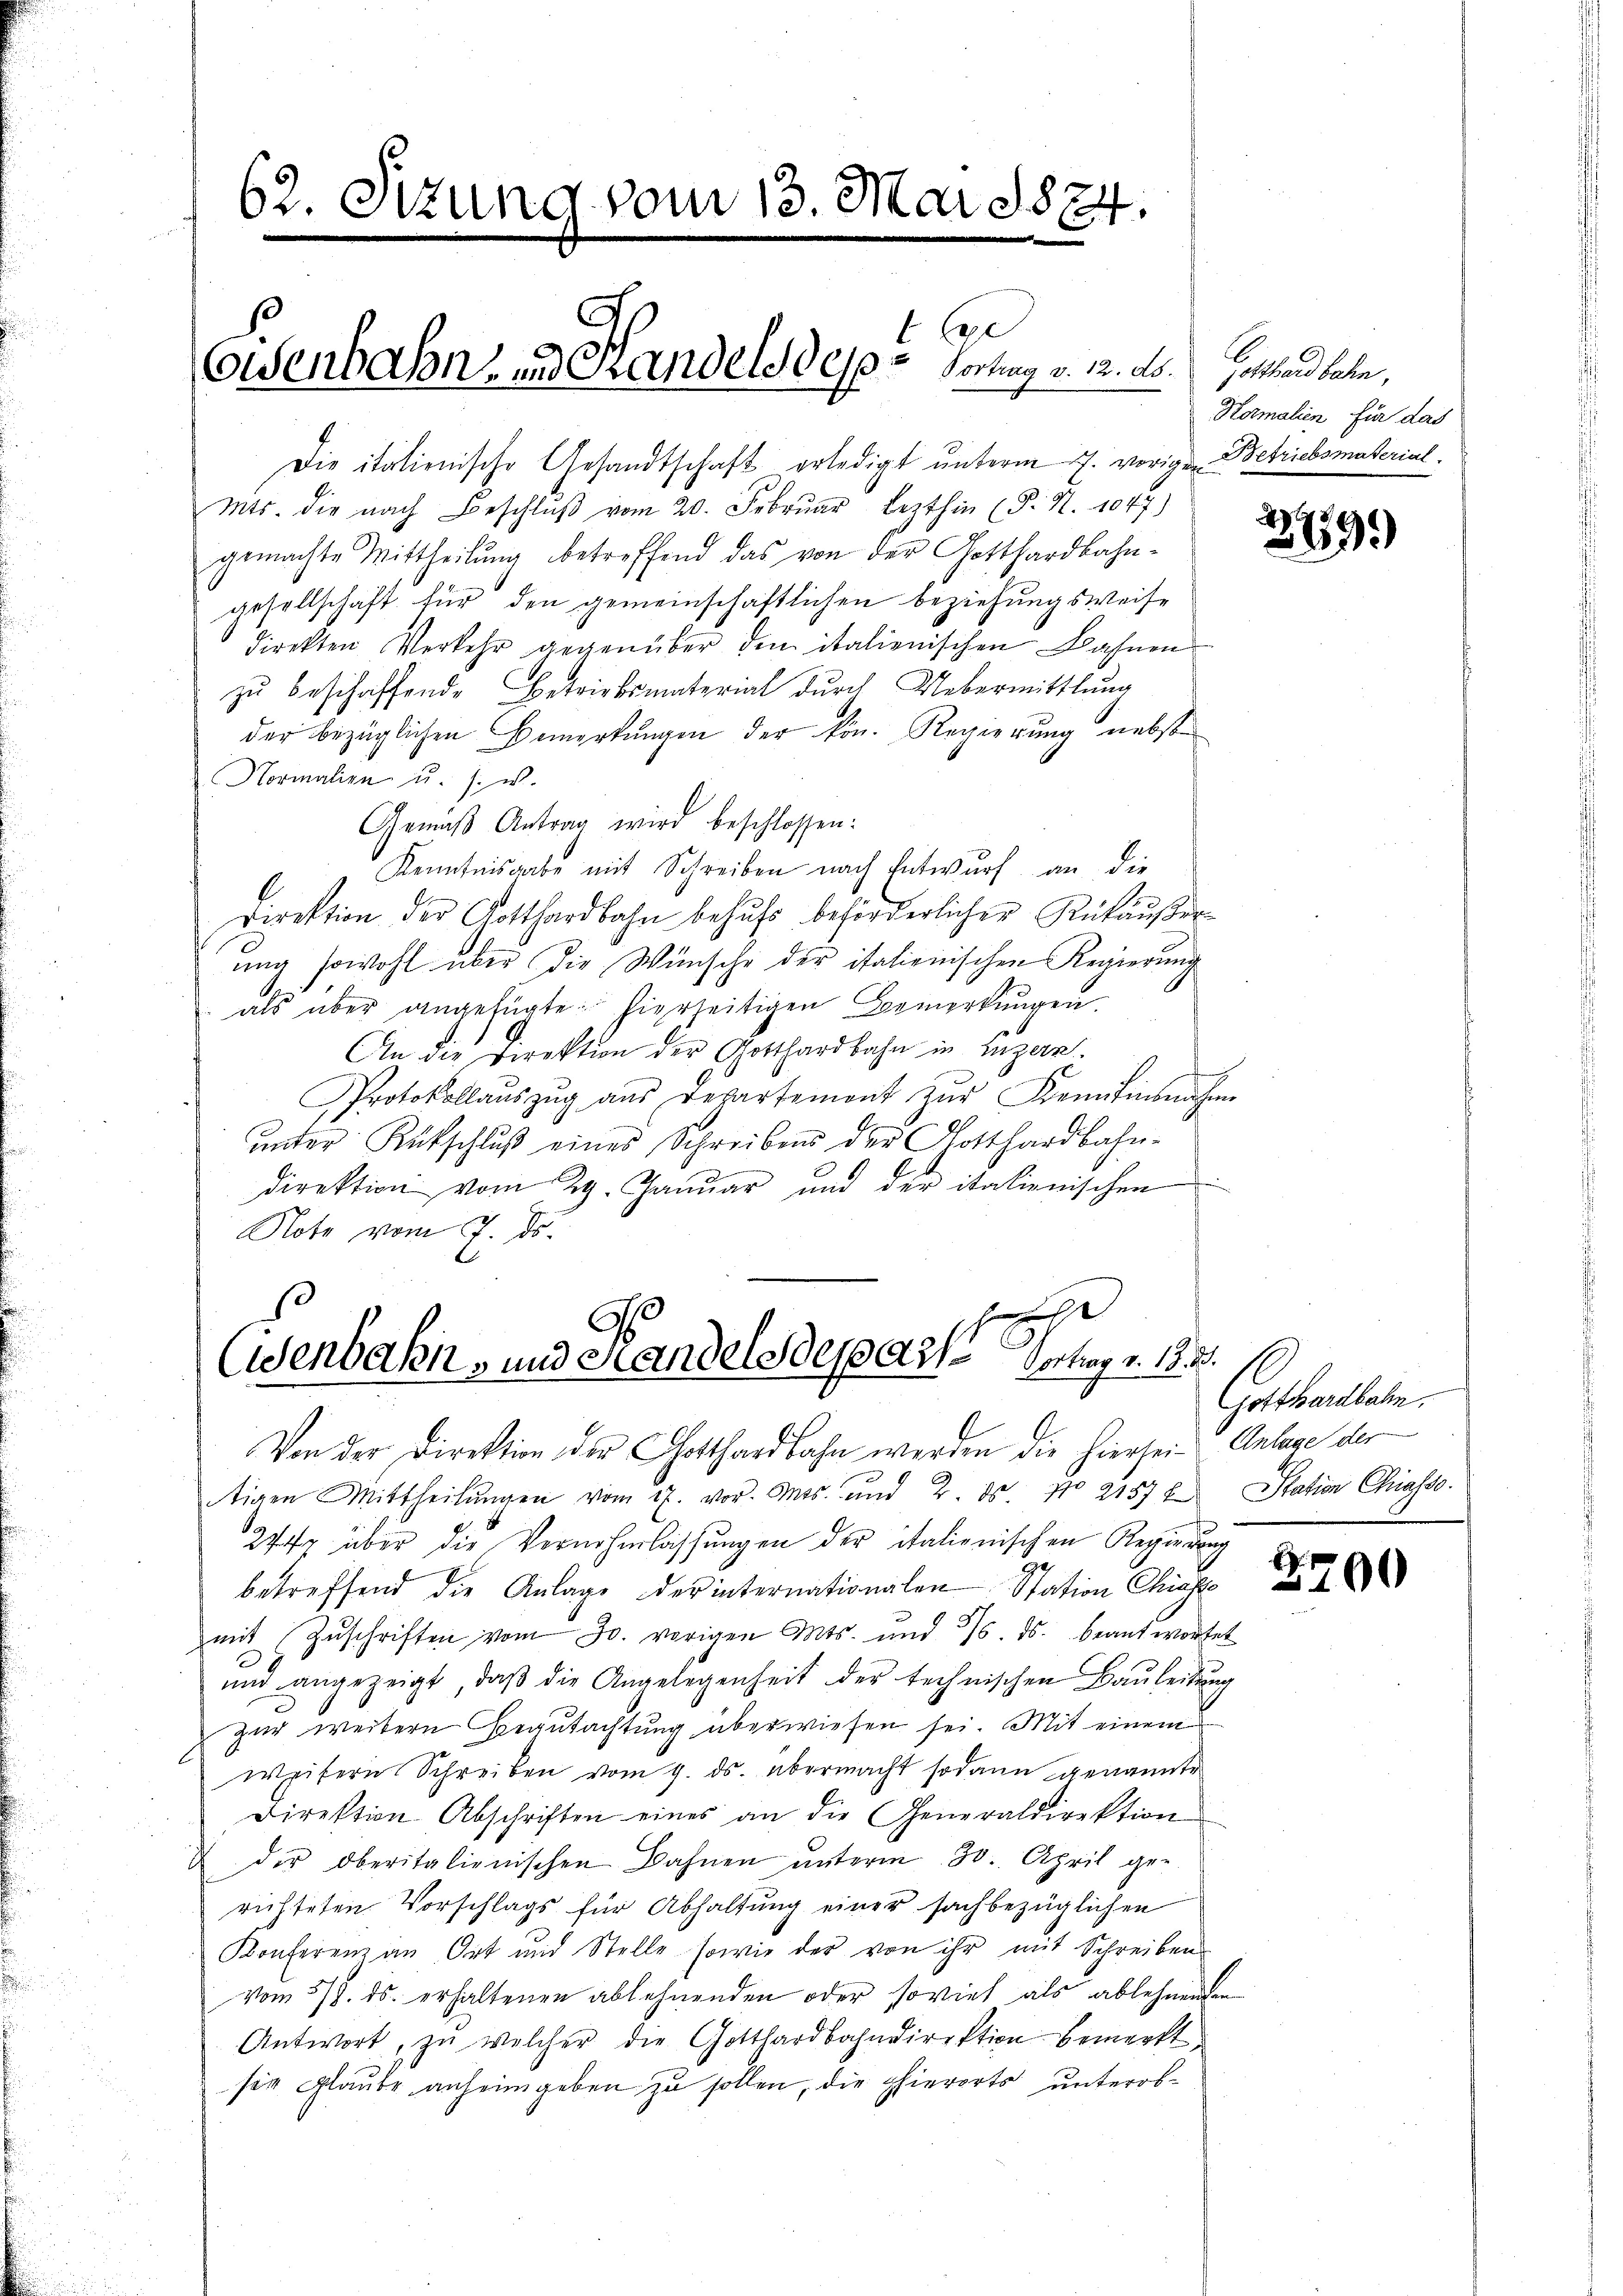
Eisenbahn- und Handels des Vortrag v. 12. ds.

62. Sitzung vom 13. Mai 1874.

t lese

Die italienische Gesandtschaft erledigt unterm 7. vorigen Betriebsmaterial.
Mts. die nach Beschlŭβ vom 20. Febrŭar lezthin (P. N. 1047)
gemachte Mittheilung betreffend das von der Gotthardbahngesellschaft für den gemeinschaftlichen beziehungsweise
direkten Verkehr gegenüber den italienischen Bahnen
zŭ beschaffende Betriebsmaterial durch Uebermittlung
der bezüglichen Bemerkungen der kön. Regierung nebste
Normalien u. s. w.
Gemäß Antrag wird beschlossen:
Kenntnisgabe mit Schreiben nach Entwurf an die
Direktion der Gotthardbahn behufs beförderlicher Rükäußer
ung sowohl über die Wünsche der italienischen Regierung
 als über angefügte hierzeitigen Bemerkungen.
An die Direktion der Gotthardbahn in Luzern.
Protokollaŭszŭg aŭs Departemont zŭr Feinfinsnahme
unter Rutschluß eines Schreibens der Gotthardbahn-
direktion vom 29. Januar und der italienischen
Note vom 7. ds.

z
Eisenbahn- und Handelsdeparte Vortrag v. 18. 3.

Gottland beden,
Hormalien für das

Von der Direktion der Gotthardbahn werden die hierzei Anlage der
tigen Mittheilungen vom 17. vor. Mts. und 2. ds No 2157 f. Station Chiasso.
27fr über die Vernehmlassungen der italienischen Regierung
betreffend die Anlage der internationalen Station Chraf
mit Zŭschriften vom 30. vorigen Mts. und 26. ds. beantwortet
und angezeigt, daβ die Angelegenheit der technischen Baŭleitŭng
zur weitern Begutachtung überwiesen sei. Mit einem
weisern Schreiben vom 9. ds. übermacht sodann genannte
Direktion Abschriften eines an die Generaldirektion
 der oberitalienischen Bahnen ŭnterm 30. April ge-
richteten Vorschlags für Abhaltung einer sachbezüglichen
Konferenz an Ort und Stelle sowie der von ihr mit Schreiben
vom 3/8. ds. erhaltenen ablehnenden oder soviel als ablehnenden
Antwort, zu welcher die Gotthardbahndirektion bemerkt
sie glaube anheimgeben zu sollen, die phierorts unterob¬

249.

Gotthardbahn.

x
100